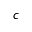
c